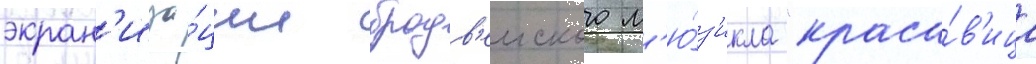
экран'иза́ции бродв'еиского м'ю́з'икла "краса́в'ица